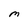
Character: M